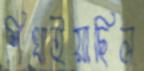
শিখাইয়াছিল